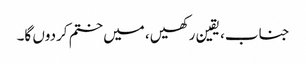
جناب، یقین رکھیں، میں ختم کردوں گا۔